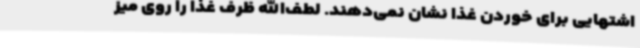
اشتهایی برای خوردن غذا نشان نمی‌دهند. لطف‌الله ظرف غذا را روی میز